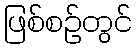
ဖြစ်စဉ်တွင်